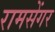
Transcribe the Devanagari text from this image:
रामसेंगर